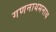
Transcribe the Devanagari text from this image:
गणनाथमनाथ